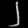
Digit: ၂